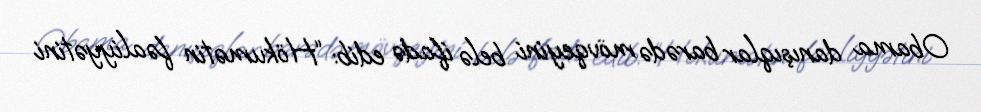
Obama danışıqlar barədə mövqeyini belə ifadə edib: “Hökumətin fəaliyyətini